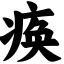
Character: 痪